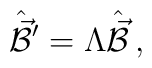
\hat{\vec{\cal B}}{}^{\prime} =  \Lambda \hat{\vec{\cal B}}\, ,